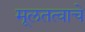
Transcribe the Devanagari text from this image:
मूलतत्वाचे